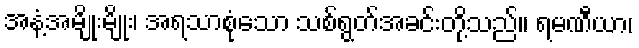
အနံ့အမျိုးမျိုး၊ အရသာစုံသော သစ်ရွတ်အခင်းတို့သည်။ ရမဏီယာ၊